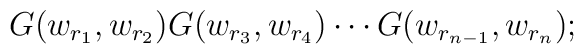
G(w_{r_{1}},w_{r_{2}})G(w_{r_{3}},w_{r_{4}})\cdots G(w_{r_{n-1}},w_{r_{n}});